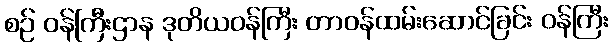
စဉ် ဝန်ကြီးဌာန ဒုတိယဝန်ကြီး တာဝန်ထမ်းဆောင်ခြင်း ဝန်ကြီး